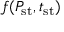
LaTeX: f ( P _ { \mathrm { s t } } , t _ { \mathrm { s t } } )